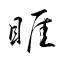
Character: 睚